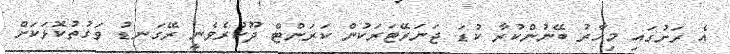
އެ ރަށުގައި މިހާރު ބޭނުންކުރާ ކުޑަ ޖަނަރޭޓަރަކުން ކަރަންޓް ދޫކުރެވެނީ ރޭގަނޑު ވަގުތުކޮޅަކަށް